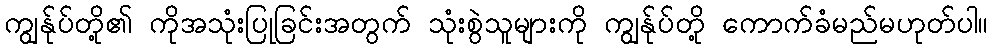
ကျွန်ုပ်တို့၏ ကိုအသုံးပြုခြင်းအတွက် သုံးစွဲသူများကို ကျွန်ုပ်တို့ ကောက်ခံမည်မဟုတ်ပါ။